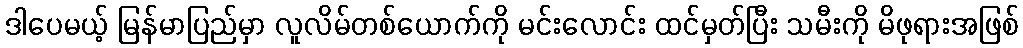
ဒါပေမယ့် မြန်မာပြည်မှာ လူလိမ်တစ်ယောက်ကို မင်းလောင်း ထင်မှတ်ပြီး သမီးကို မိဖုရားအဖြစ်